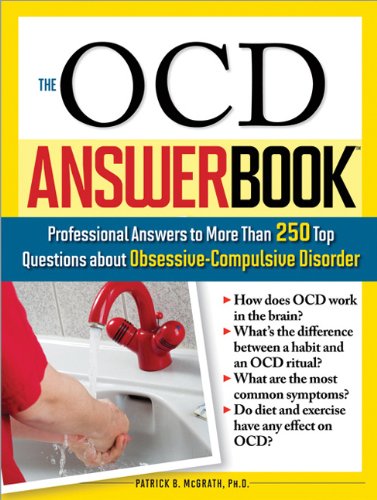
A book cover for The OCD Answer Book: Professional Answers to More Than 250 Top Questions about Obsessive-Compulsive Disorder; Patrick McGrath; Health, Fitness & Dieting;